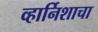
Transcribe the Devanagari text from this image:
व्हार्निशाचा